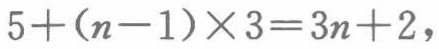
\(5+(n - 1)\times3=3n + 2\)